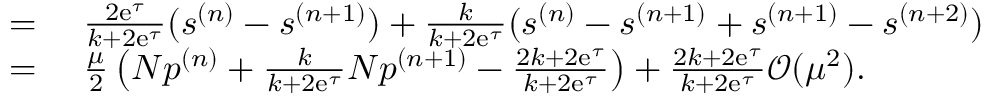
\begin{array} { r l } { = } & { { } ~ \frac { 2 \mathrm { e } ^ { \tau } } { k + 2 \mathrm { e } ^ { \tau } } ( s ^ { ( n ) } - s ^ { ( n + 1 ) } ) + \frac { k } { k + 2 \mathrm { e } ^ { \tau } } ( s ^ { ( n ) } - s ^ { ( n + 1 ) } + s ^ { ( n + 1 ) } - s ^ { ( n + 2 ) } ) } \\ { = } & { { } ~ \frac { \mu } { 2 } \left( N p ^ { ( n ) } + \frac { k } { k + 2 \mathrm { e } ^ { \tau } } N p ^ { ( n + 1 ) } - \frac { 2 k + 2 \mathrm { e } ^ { \tau } } { k + 2 \mathrm { e } ^ { \tau } } \right) + \frac { 2 k + 2 \mathrm { e } ^ { \tau } } { k + 2 \mathrm { e } ^ { \tau } } \mathcal { O } ( \mu ^ { 2 } ) . } \end{array}